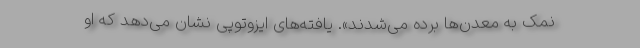
نمک به معدن‌ها برده می‌شدند». یافته‌های ایزوتوپی نشان می‌دهد که او